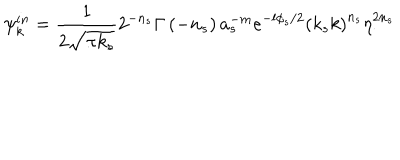
LaTeX: \psi _ { k } ^ { i n } = \frac { 1 } { 2 \sqrt { \pi k _ { s } } } 2 ^ { - n _ { s } } \Gamma \left( - n _ { s } \right) a _ { s } ^ { - m } e ^ { - l \phi _ { s } / 2 } \left( k _ { s } k \right) ^ { n _ { s } } \eta _ { . } ^ { 2 n _ { s } }